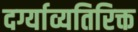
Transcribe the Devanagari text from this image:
दर्ग्याव्यतिरिक्त